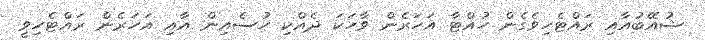
ޝުއޭބުއާއި ރައްޓެހިވެގެން ހުއްޓާ އަހަރެން ވާހަކަ ދެއްކި ހުސެއިން އާއި އަހަރެން ރައްޓެހިވީ